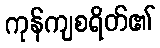
ကုန်ကျစရိတ်၏